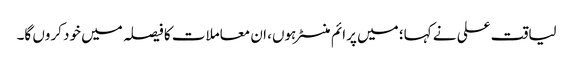
لیاقت علی نے کہا؛ میں پرائم منسٹر ہوں، ان معاملات کا فیصلہ میں خود کروں گا۔